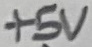
Text: +5V